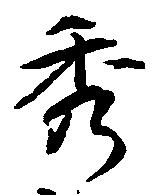
秀